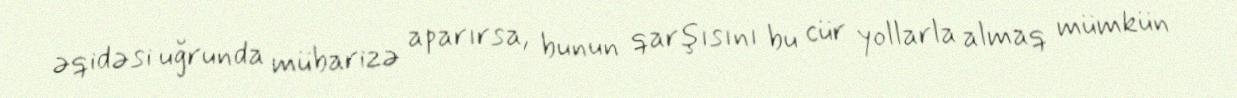
əqidəsi uğrunda mübarizə aparırsa, bunun qarşısını bu cür yollarla almaq mümkün